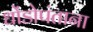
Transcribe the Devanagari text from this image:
धोंडोपंताना